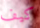
كيف